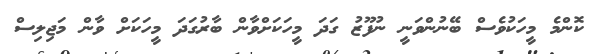
ކޮންމެ މީހަކުވެސް ބޭނުންވަނީ ނުފޫޒު ގަދަ މީހަކަށްވާން ބާރުގަދަ މީހަކަށް ވާން މަޖިލިސް